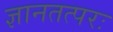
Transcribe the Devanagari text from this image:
ज्ञानतत्परः